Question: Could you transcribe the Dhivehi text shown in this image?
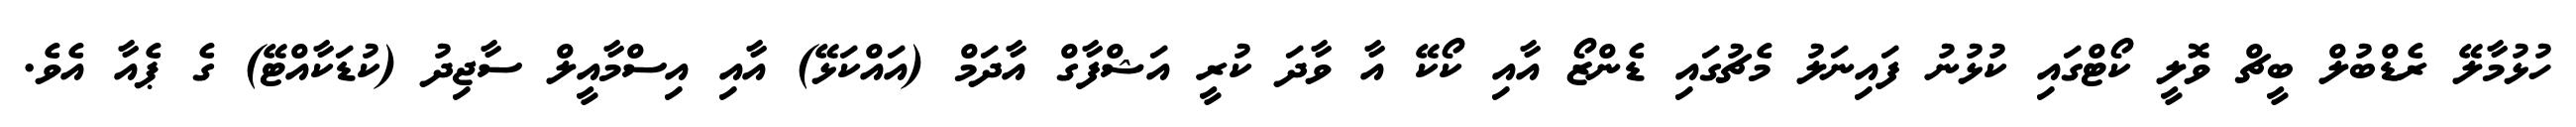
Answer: ހުޅުމާލޭ ރެޑްބުލް ބީޗް ވޮލީ ކޯޓްގައި ކުޅުނު ފައިނަލު މެޗުގައި ޑެންޒޯ އާއި ކޯކޭ އާ ވާދަ ކުރީ އަޝްފާގް އާދަމް (އައްކަޅޭ) އާއި އިސްމާއީލް ސާޖިދު (ކުޑަކާއްޓޭ) ގެ ޕެއާ އެވެ.